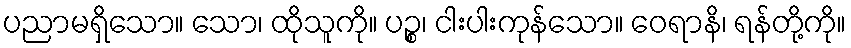
ပညာမရှိသော။ သော၊ ထိုသူကို။ ပဉ္စ၊ ငါးပါးကုန်သော။ ဝေရာနိ၊ ရန်တို့ကို။